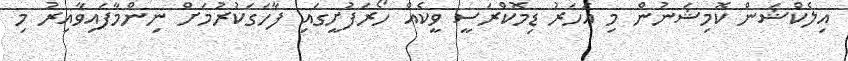
އިލެކްޝަން ކޮމިޝަނުން މި އަހަރު ޑިމޮކްރަސީ ވީކެއް ހޯރަފުށީގައި ފާހަގަކުރުމަށް ނިންމާފައިވާއިރު މި